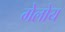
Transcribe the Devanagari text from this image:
गेलोय